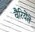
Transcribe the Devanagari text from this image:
वैरियेंते